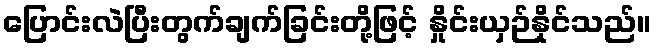
ပြောင်းလဲပြီးတွက်ချက်ခြင်းတို့ဖြင့် နှိုင်းယှဉ်နိုင်သည်။